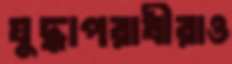
যুদ্ধাপরাধীরাও